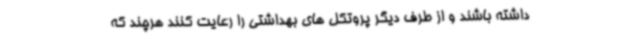
داشته باشند و از طرف دیگر پروتکل های بهداشتی را رعایت کنند هرچند که